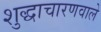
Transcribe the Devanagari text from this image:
शुद्धाचारणवाले